38_143685_box_Incident_Summaries_101-172
Agency: Department of War
Page 77
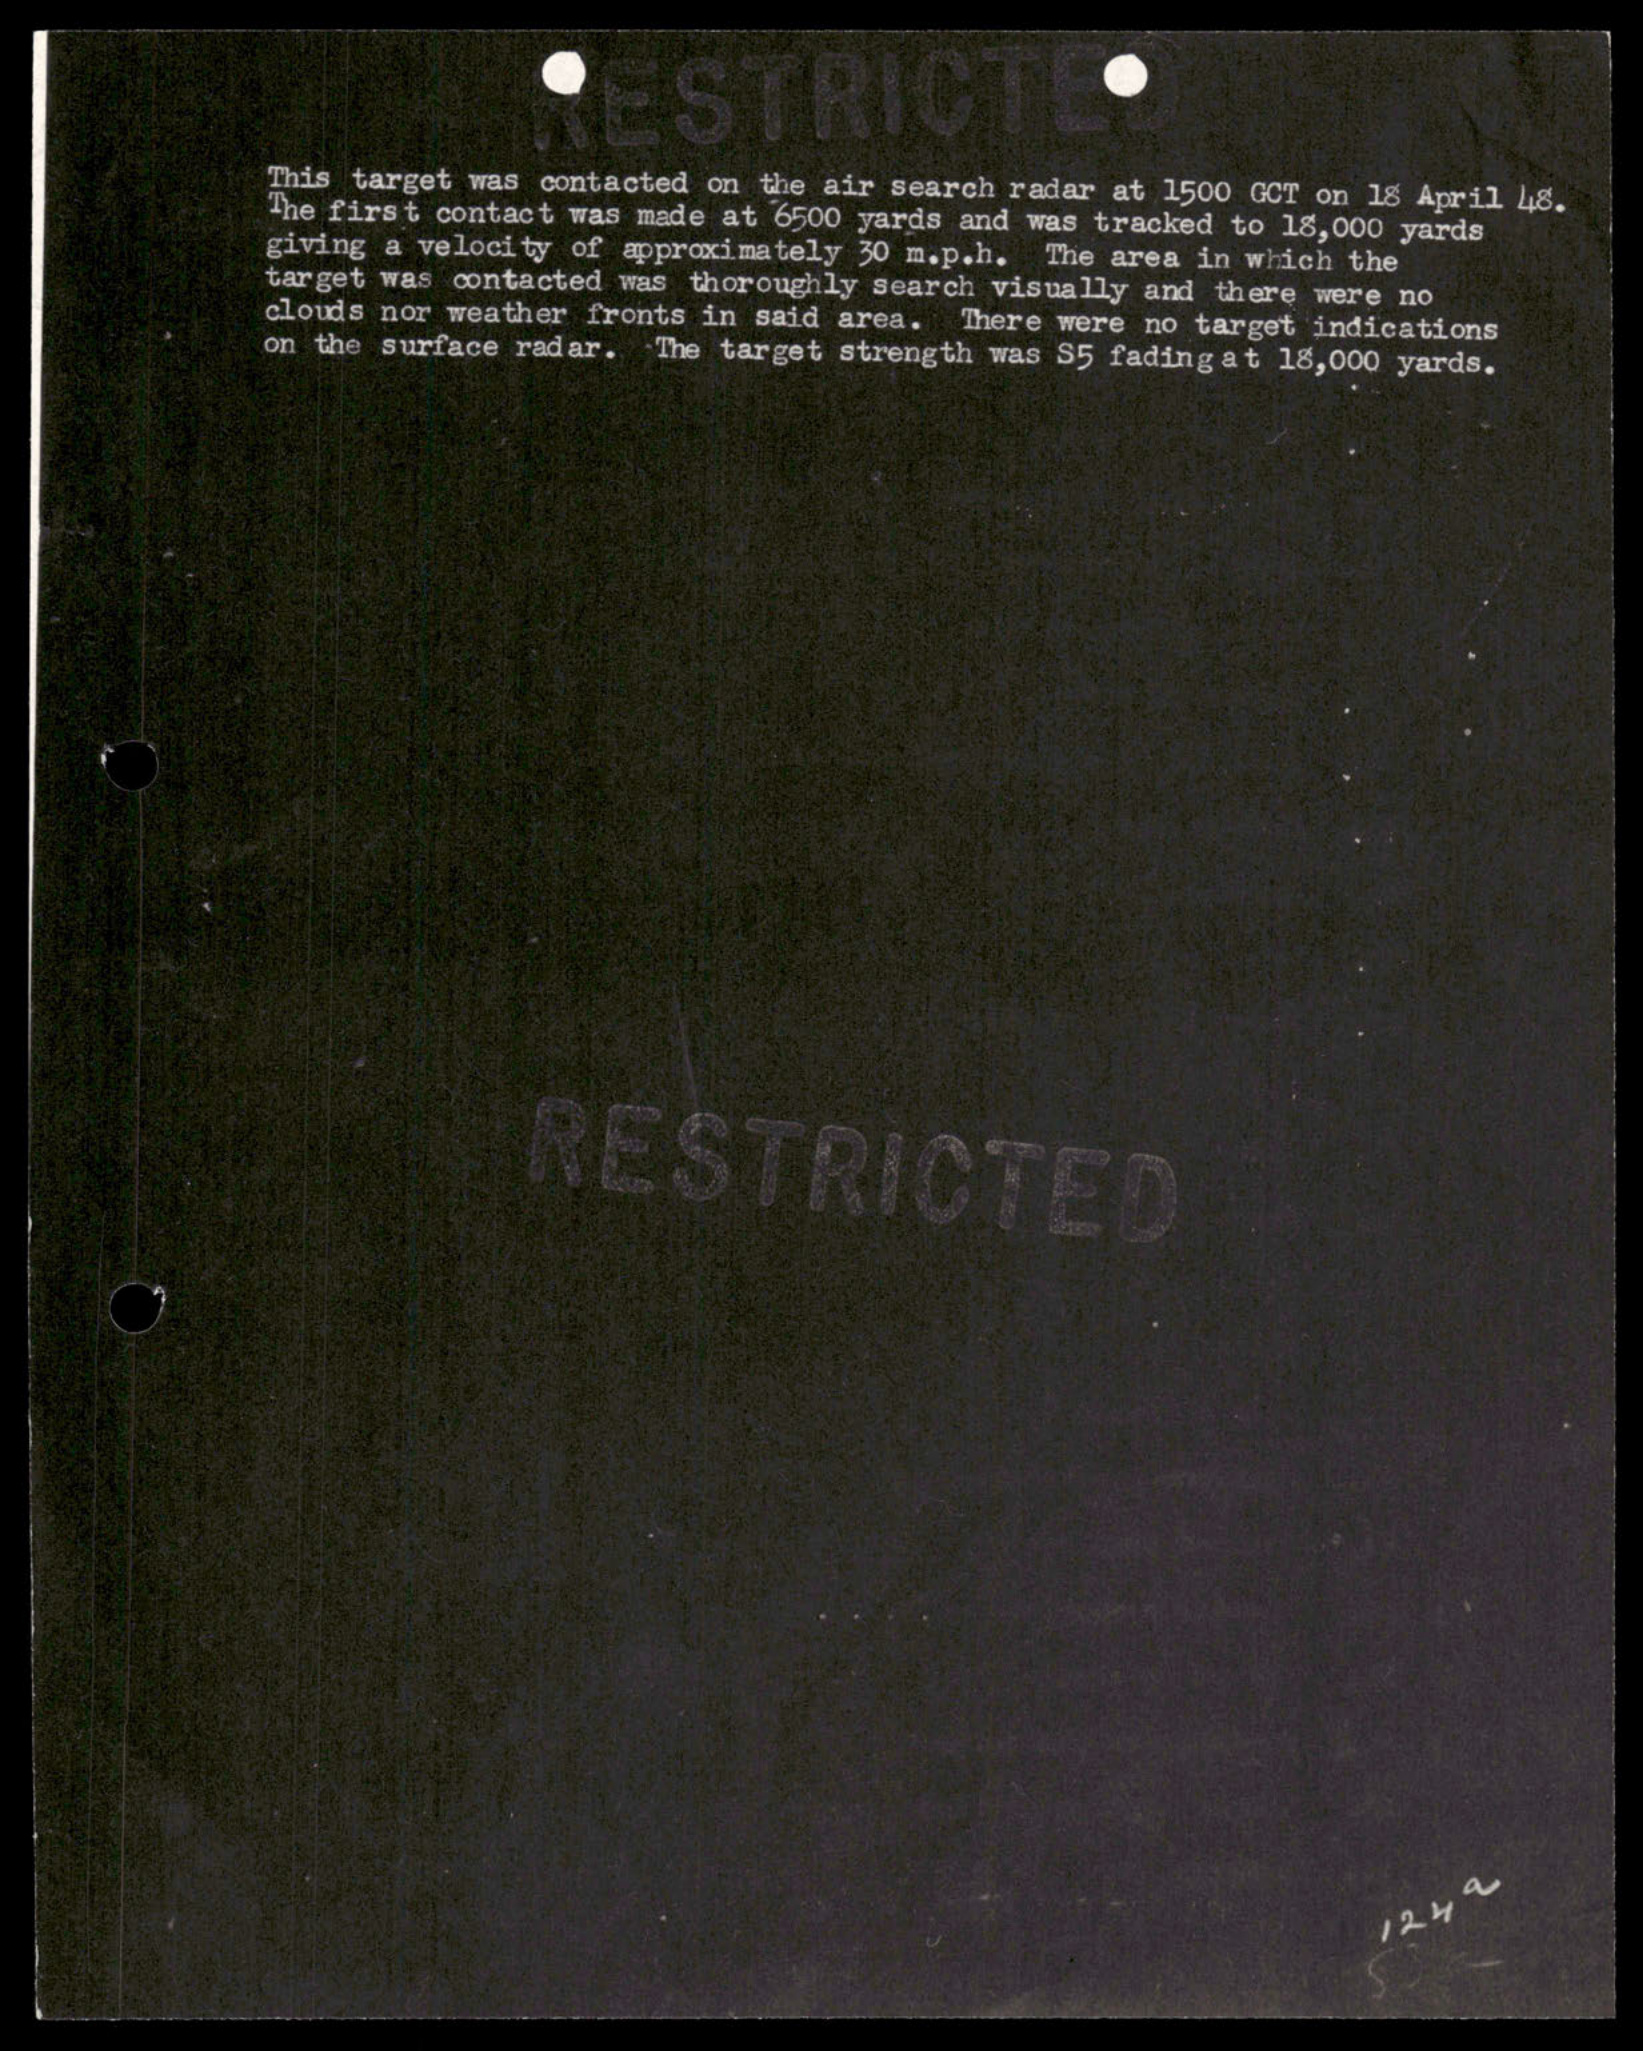